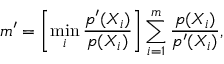
m ^ { \prime } = \left[ \operatorname* { m i n } _ { i } \frac { p ^ { \prime } ( X _ { i } ) } { p ( X _ { i } ) } \right] \sum _ { i = 1 } ^ { m } \frac { p ( X _ { i } ) } { p ^ { \prime } ( X _ { i } ) } ,